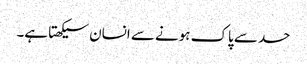
حسد سے پاک ہونے سے انسان سیکھتا ہے۔